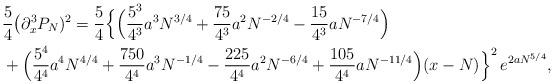
LaTeX: \begin{align*}&\frac54\big(\partial_x^3P_N)^2=\frac54\Big\{\Big(\frac{5^3}{4^3} a^3N^{3/4}+\frac{75}{4^3} a^2N^{-2/4}-\frac{15}{4^3}aN^{-7/4}\Big)\\&+\Big(\frac{5^4}{4^4}a^4N^{4/4}+\frac{750}{4^4}a^3N^{-1/4}-\frac{225}{4^4}a^2N^{-6/4}+\frac{105}{4^4}aN^{-11/4}\Big)(x-N)\Big\}^2\,e^{2aN^{5/4}},\end{align*}